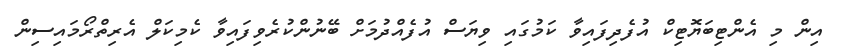
އިން މި އެންޓިބަޔޮޓިކް އުފެދިފައިވާ ކަމުގައި ވިޔަސް އުފެއްދުމަށް ބޭނުންކުރެވިފައިވާ ކެމިކަލް އެރިތްރޯމައިސިން